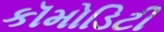
કૉમોડિટી